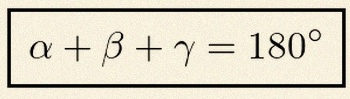
\alpha+\beta+\gamma=180^\circ